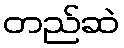
တည်ဆဲ